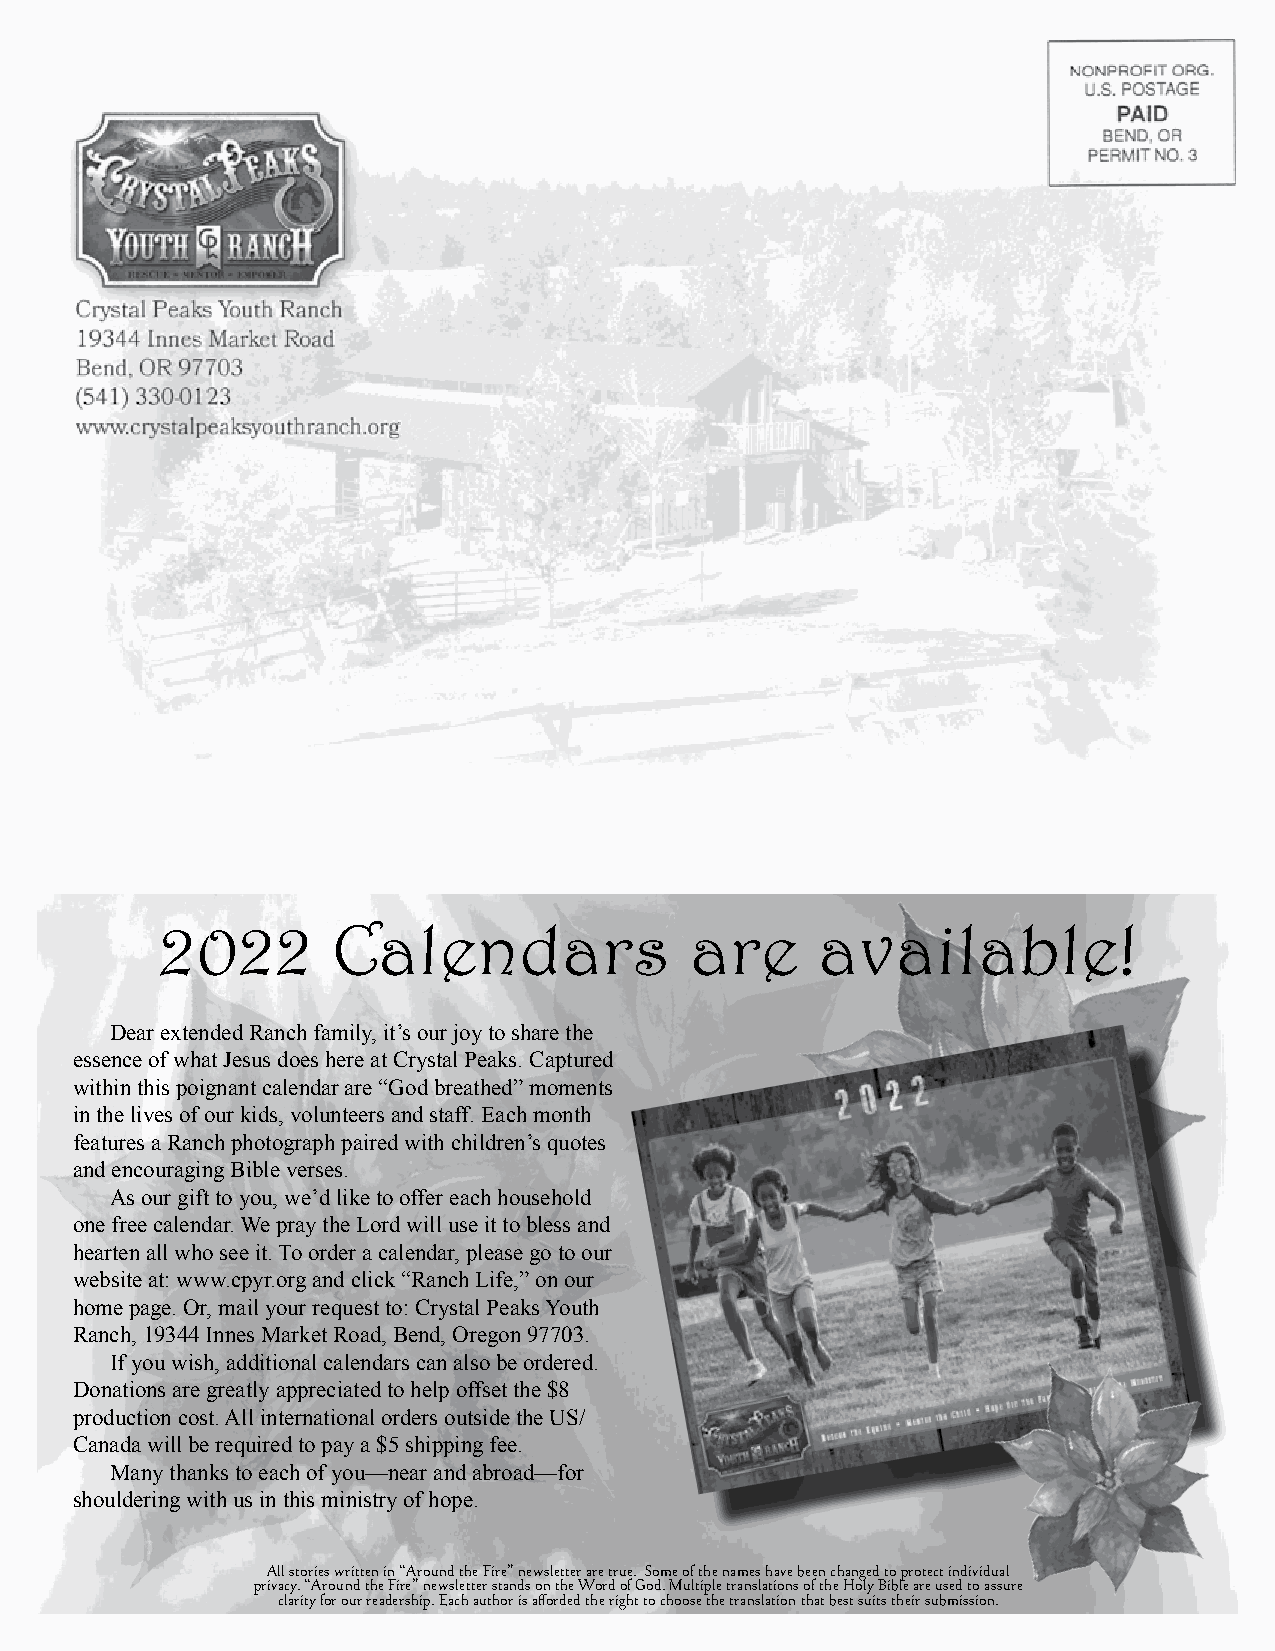
2022        Calendars               are     available!
 Dear extended Ranch family, it’s our joy to share the
 essence of what Jesus does here at Crystal Peaks. Captured
 within this poignant calendar are “God breathed” moments
 in the lives of our kids, volunteers and staff. Each month
 features a Ranch photograph paired with children’s quotes
 and encouraging Bible verses.
 As our gift to you, we’d like to offer each household
 one free calendar. We pray the Lord will use it to bless and
 hearten all who see it. To order a calendar, please go to our
 website at: www.cpyr.org and click “Ranch Life,” on our
 home page. Or, mail your request to: Crystal Peaks Youth
 Ranch, 19344 Innes Market Road, Bend, Oregon 97703.
 If you wish, additional calendars can also be ordered.
 Donations are greatly appreciated to help offset the $8
 production cost. All international orders outside the US/
 Canada will be required to pay a $5 shipping fee.
 Many thanks to each of you—near and abroad—for
 shouldering with us in this ministry of hope.
 All stories written in “Around the Fire” newsletter are true. Some of the names have been changed to protect individual
 privacy. “Around the Fire” newsletter stands on the Word of God. Multiple translations of the Holy Bible are used to assure
 clarity for our readership. Each author is afforded the right to choose the translation that best suits their submission.